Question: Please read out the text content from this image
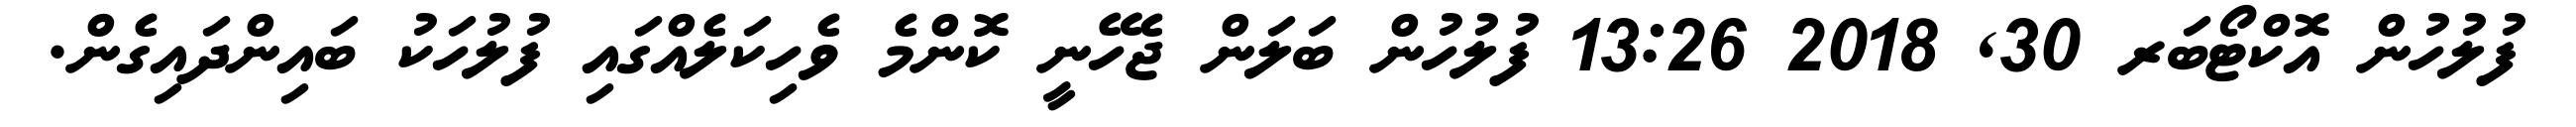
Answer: ފުލުހުން އޮކްޓޯބަރ 30, 2018 13:26 ފުލުހުން ބަލަން ޖެހޭނީ ކޮންމެ ވެހިކަލެއްގައި ފުލުހަކު ބައިންދައިގެން.